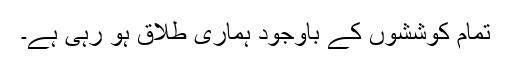
تمام کوششوں کے باوجود ہماری طلاق ہو رہی ہے۔